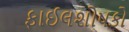
ફાઈલશોષકો